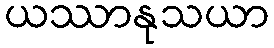
ယဿာနုသယာ